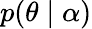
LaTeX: p(\mathbf{\theta}\mid\mathbf{\alpha})